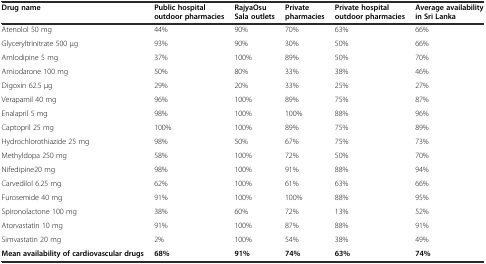
| Drug name | Public hospital outdoor pharmacies | RajyaOsu Sala outlets | Private pharmacies | Private hospital outdoor pharmacies | Average availability in Sri Lanka |
 | --- | --- | --- | --- | --- | --- |
 | Atenolol 50 mg | 44% | 90% | 70% | 63% | 66% |
 | Glyceryltrinitrate 500 μg | 93% | 90% | 30% | 50% | 66% |
 | Amlodipine 5 mg | 37% | 100% | 89% | 50% | 70% |
 | Amiodarone 100 mg | 50% | 80% | 33% | 38% | 46% |
 | Digoxin 62.5 μg | 29% | 20% | 33% | 25% | 27% |
 | Verapamil 40 mg | 96% | 100% | 89% | 75% | 87% |
 | Enalapril 5 mg | 98% | 100% | 100% | 88% | 96% |
 | Captopril 25 mg | 100% | 100% | 89% | 75% | 89% |
 | Hydrochlorothiazide 25 mg | 98% | 50% | 67% | 75% | 73% |
 | Methyldopa 250 mg | 58% | 100% | 72% | 50% | 70% |
 | Nifedipine20 mg | 98% | 100% | 91% | 88% | 94% |
 | Carvedilol 6.25 mg | 62% | 100% | 61% | 63% | 66% |
 | Furosemide 40 mg | 91% | 100% | 100% | 88% | 95% |
 | Spironolactone 100 mg | 38% | 60% | 72% | 13% | 52% |
 | Atorvastatin 10 mg | 91% | 100% | 87% | 88% | 91% |
 | Simvastatin 20 mg | 2% | 100% | 54% | 38% | 49% |
 | Mean availability of cardiovascular drugs | 68% | 91% | 74% | 63% | 74% |